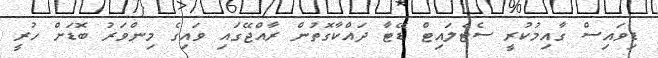
ޑިވައިސް ގާއިމުކުރީ ސެޓެލައިޓް ޑޭޓާ ދައްކާގޮތުން ރާއްޖޭގައި ވައިގެ މިންވަރު ބޮޑަށް ހުރީ